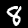
Label: 8